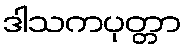
ဒါသကပုတ္တာ